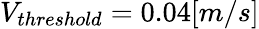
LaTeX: V_{threshold}=0.04[m/s]